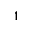
1